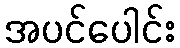
အပင်ပေါင်း